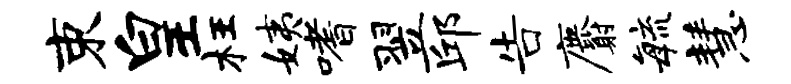
束皇枉姨嗜翌邱告麝敏慧